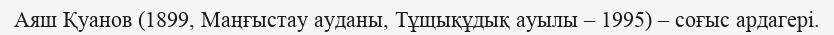
Аяш Қуанов (1899, Маңғыстау ауданы, Тұщықұдық ауылы – 1995) – соғыс ардагері.